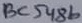
Text: BC548b